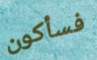
فسأكون